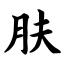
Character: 肤